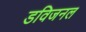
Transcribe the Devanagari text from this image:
डविजनल